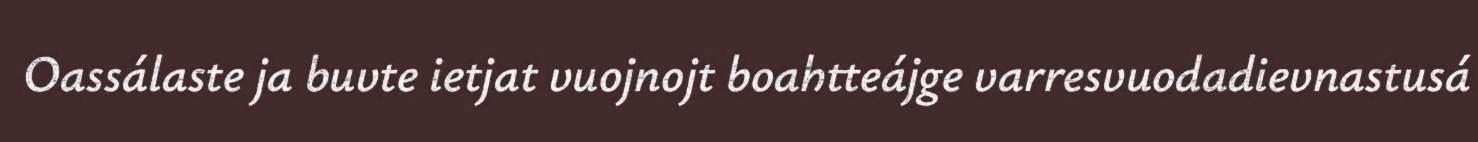
Oassálaste ja buvte ietjat vuojnojt boahtteájge varresvuodadievnastusá